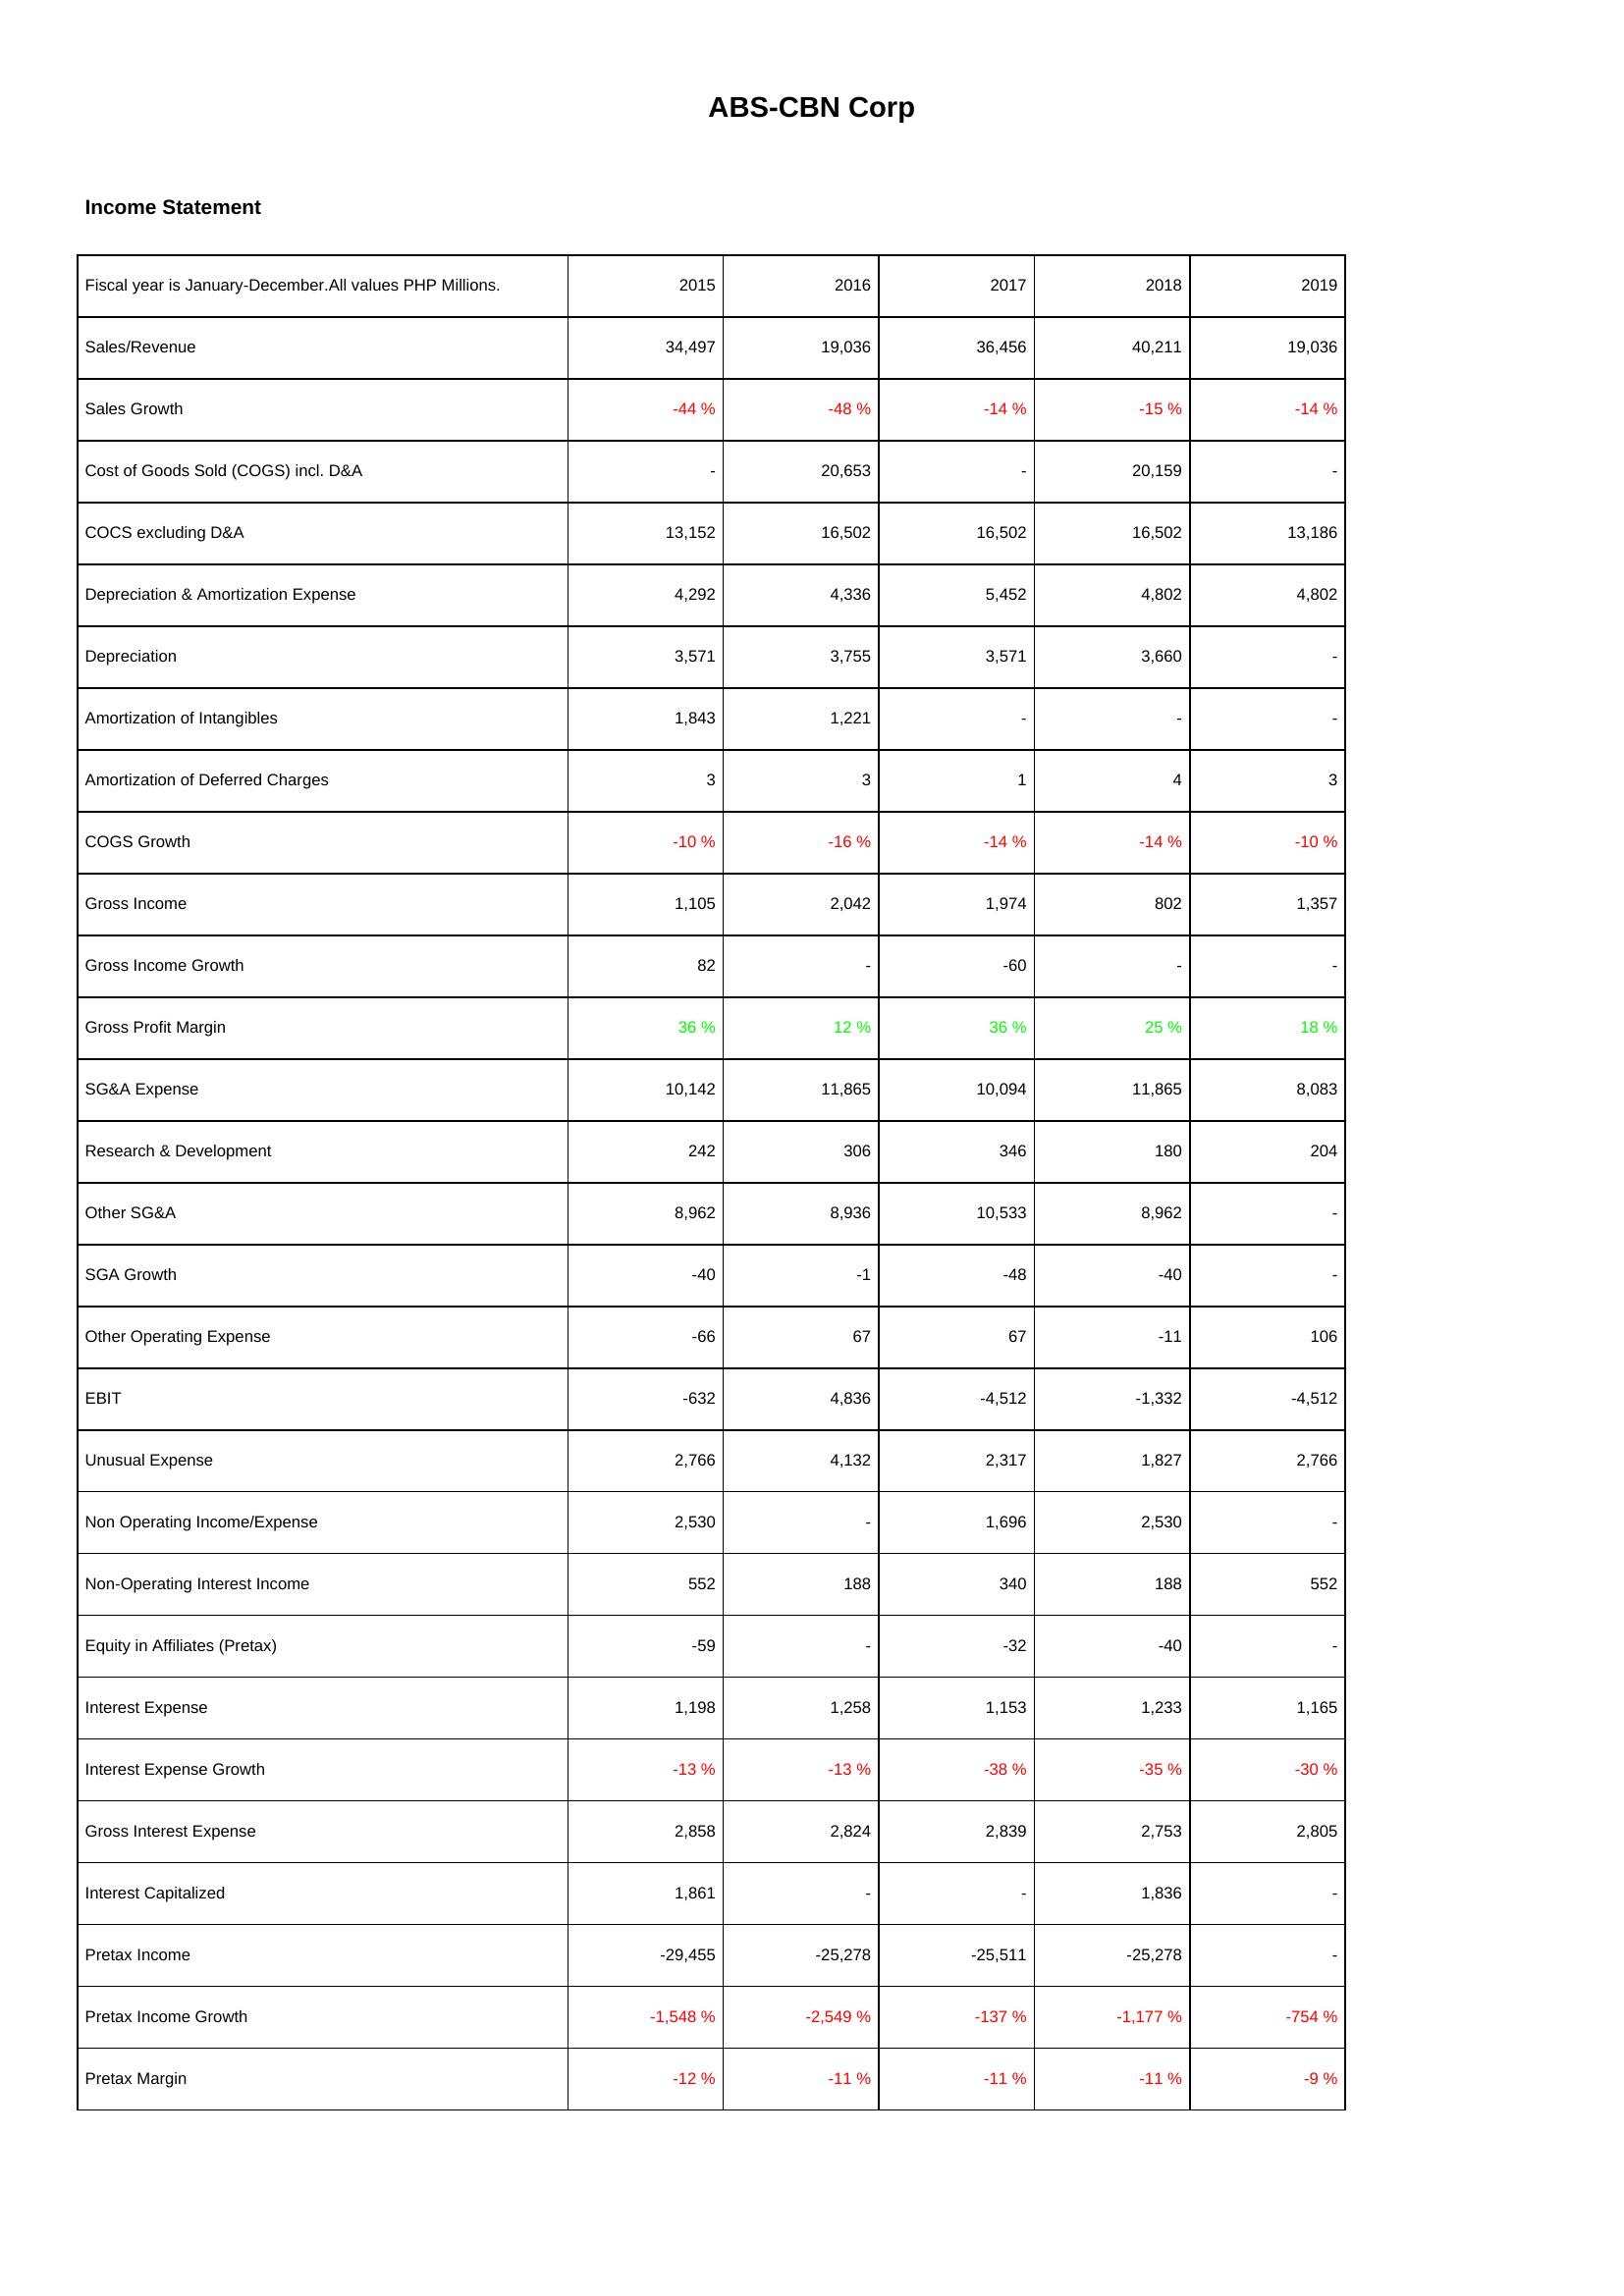
2015: Income Statement: Sales/Revenue: 34,497
Sales Growth: -44 %
Cost of Goods Sold (COGS) incl. D&A: -
COCS excluding D&A: 13,152
Depreciation & Amortization Expense: 4,292
Depreciation: 3,571
Amortization of Intangibles: 1,843
Amortization of Deferred Charges: 3
COGS Growth: -10 %
Gross Income: 1,105
Gross Income Growth: 82
Gross Profit Margin: 36 %
SG&A Expense: 10,142
Research & Development: 242
Other SG&A: 8,962
SGA Growth: -40
Other Operating Expense: -66
EBIT: -632
Unusual Expense: 2,766
Non Operating Income/Expense: 2,530
Non-Operating Interest Income: 552
Equity in Affiliates (Pretax): -59
Interest Expense: 1,198
Interest Expense Growth: -13 %
Gross Interest Expense: 2,858
Interest Capitalized: 1,861
Pretax Income: -29,455
Pretax Income Growth: -1,548 %
Pretax Margin: -12 %
2016: Income Statement: Sales/Revenue: 19,036
Sales Growth: -48 %
Cost of Goods Sold (COGS) incl. D&A: 20,653
COCS excluding D&A: 16,502
Depreciation & Amortization Expense: 4,336
Depreciation: 3,755
Amortization of Intangibles: 1,221
Amortization of Deferred Charges: 3
COGS Growth: -16 %
Gross Income: 2,042
Gross Income Growth: -
Gross Profit Margin: 12 %
SG&A Expense: 11,865
Research & Development: 306
Other SG&A: 8,936
SGA Growth: -1
Other Operating Expense: 67
EBIT: 4,836
Unusual Expense: 4,132
Non Operating Income/Expense: -
Non-Operating Interest Income: 188
Equity in Affiliates (Pretax): -
Interest Expense: 1,258
Interest Expense Growth: -13 %
Gross Interest Expense: 2,824
Interest Capitalized: -
Pretax Income: -25,278
Pretax Income Growth: -2,549 %
Pretax Margin: -11 %
2017: Income Statement: Sales/Revenue: 36,456
Sales Growth: -14 %
Cost of Goods Sold (COGS) incl. D&A: -
COCS excluding D&A: 16,502
Depreciation & Amortization Expense: 5,452
Depreciation: 3,571
Amortization of Intangibles: -
Amortization of Deferred Charges: 1
COGS Growth: -14 %
Gross Income: 1,974
Gross Income Growth: -60
Gross Profit Margin: 36 %
SG&A Expense: 10,094
Research & Development: 346
Other SG&A: 10,533
SGA Growth: -48
Other Operating Expense: 67
EBIT: -4,512
Unusual Expense: 2,317
Non Operating Income/Expense: 1,696
Non-Operating Interest Income: 340
Equity in Affiliates (Pretax): -32
Interest Expense: 1,153
Interest Expense Growth: -38 %
Gross Interest Expense: 2,839
Interest Capitalized: -
Pretax Income: -25,511
Pretax Income Growth: -137 %
Pretax Margin: -11 %
2018: Income Statement: Sales/Revenue: 40,211
Sales Growth: -15 %
Cost of Goods Sold (COGS) incl. D&A: 20,159
COCS excluding D&A: 16,502
Depreciation & Amortization Expense: 4,802
Depreciation: 3,660
Amortization of Intangibles: -
Amortization of Deferred Charges: 4
COGS Growth: -14 %
Gross Income: 802
Gross Income Growth: -
Gross Profit Margin: 25 %
SG&A Expense: 11,865
Research & Development: 180
Other SG&A: 8,962
SGA Growth: -40
Other Operating Expense: -11
EBIT: -1,332
Unusual Expense: 1,827
Non Operating Income/Expense: 2,530
Non-Operating Interest Income: 188
Equity in Affiliates (Pretax): -40
Interest Expense: 1,233
Interest Expense Growth: -35 %
Gross Interest Expense: 2,753
Interest Capitalized: 1,836
Pretax Income: -25,278
Pretax Income Growth: -1,177 %
Pretax Margin: -11 %
2019: Income Statement: Sales/Revenue: 19,036
Sales Growth: -14 %
Cost of Goods Sold (COGS) incl. D&A: -
COCS excluding D&A: 13,186
Depreciation & Amortization Expense: 4,802
Depreciation: -
Amortization of Intangibles: -
Amortization of Deferred Charges: 3
COGS Growth: -10 %
Gross Income: 1,357
Gross Income Growth: -
Gross Profit Margin: 18 %
SG&A Expense: 8,083
Research & Development: 204
Other SG&A: -
SGA Growth: -
Other Operating Expense: 106
EBIT: -4,512
Unusual Expense: 2,766
Non Operating Income/Expense: -
Non-Operating Interest Income: 552
Equity in Affiliates (Pretax): -
Interest Expense: 1,165
Interest Expense Growth: -30 %
Gross Interest Expense: 2,805
Interest Capitalized: -
Pretax Income: -
Pretax Income Growth: -754 %
Pretax Margin: -9 %